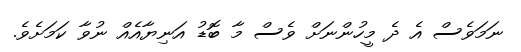
ނަމަވެސް އެ ދެ މީހުންނަށް ވެސް މާ ބޮޑު އަނިޔާއެއް ނުވާ ކަމަށެވެ.